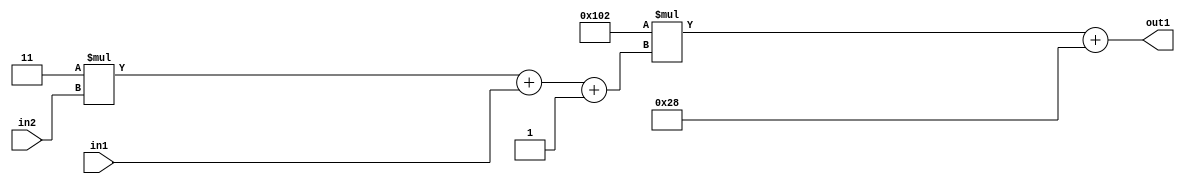
`timescale 1ps / 1ps
/*****************************************************************************
    Verilog RTL Description
    
    
    Created by: Stratus DpOpt 2019.1.01 
*******************************************************************************/

module DC_Filter_Add2i40Mul2i258Add3i1u1Mul2i3u2_1 (
	in2,
	in1,
	out1
	); /* architecture "behavioural" */ 
input [1:0] in2;
input  in1;
output [11:0] out1;
wire [11:0] asc001;
wire [3:0] asc002;

wire [3:0] asc002_tmp_0;
wire [3:0] asc002_tmp_1;
assign asc002_tmp_1 = 
	+(4'B0011 * in2);
assign asc002_tmp_0 = asc002_tmp_1
	+(in1);
assign asc002 = asc002_tmp_0
	+(4'B0001);

wire [11:0] asc001_tmp_2;
assign asc001_tmp_2 = 
	+(12'B000100000010 * asc002);
assign asc001 = asc001_tmp_2
	+(12'B000000101000);

assign out1 = asc001;
endmodule

/* CADENCE  vrPySw4= : u9/ySgnWtBlWxVPRXgAZ4Og= ** DO NOT EDIT THIS LINE ******/